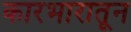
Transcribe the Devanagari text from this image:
कारभारातून